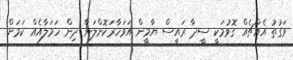
ވަގުތު އެއްޗެއް ގޮވުމަކީ ސީދާ ރައީސް ޔާމީން އަވަހާރަކޮށްލަން ދިން ހަމަލާއެއް ކަމަށް